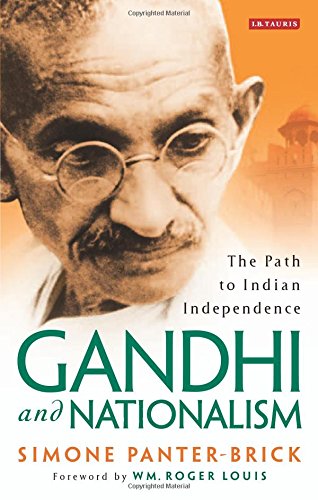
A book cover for Gandhi and Nationalism: The Path to Indian Independence; Simone Panter-Brick; Religion & Spirituality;